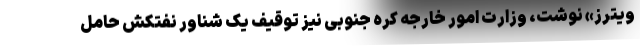
ویترز» نوشت، وزارت امور خارجه کره جنوبی نیز توقیف یک شناور نفتکش حامل